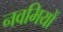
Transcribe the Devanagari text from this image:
नवमियों